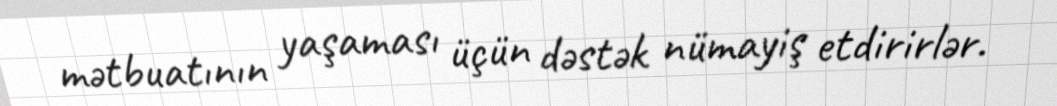
mətbuatının yaşaması üçün dəstək nümayiş etdirirlər.